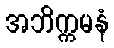
အဘိက္ကမနံ